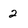
Character: 2